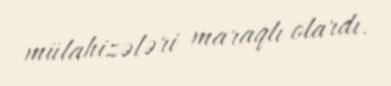
mülahizələri maraqlı olardı.